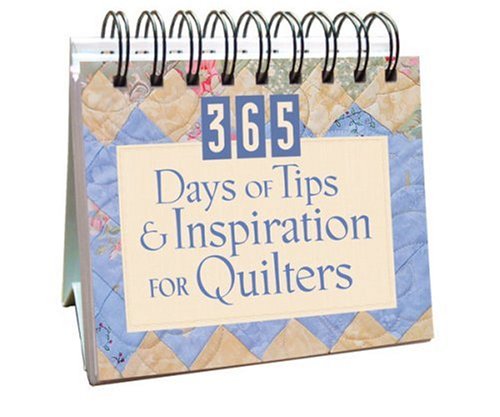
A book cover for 365 Days of Tips and Inspiration for Quilters (365 Days Perpetual Calendars); Mary Tatem; Calendars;